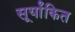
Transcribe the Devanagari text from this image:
सूर्यांकित